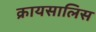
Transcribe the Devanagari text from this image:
क्रायसालिस